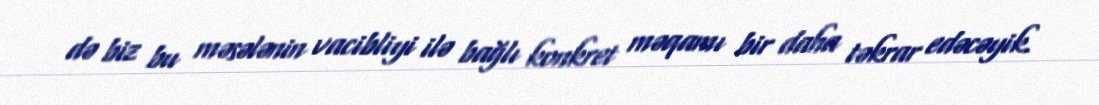
də biz bu məsələnin vacibliyi ilə bağlı konkret məqamı bir daha təkrar edəcəyik.